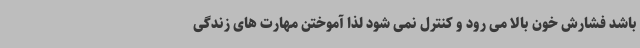
باشد فشارش خون بالا می رود و کنترل نمی شود لذا آموختن مهارت های زندگی